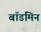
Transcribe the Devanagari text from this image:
बॉडमिन